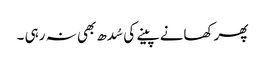
پھر کھانے پینے کی سُدھ بھی نہ رہی ۔